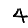
Digit: 4